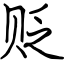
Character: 贬